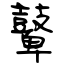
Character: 鼙